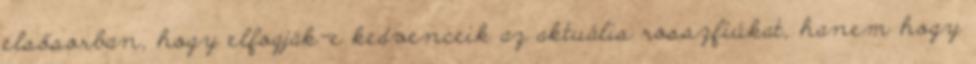
elsősorban, hogy elfogják-e kedvenceik az aktuális rosszfiúkat, hanem hogy